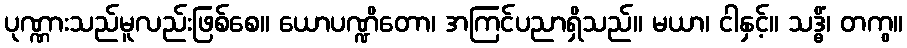
ပုဏ္ဏားသည်မူလည်းဖြစ်စေ။ ယောပဏ္ဍိတော၊ အကြင်ပညာရှိသည်။ မယာ၊ ငါနှင့်။ သဒ္ဓိံ၊ တကွ။